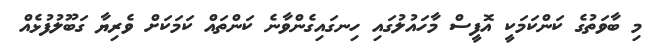
މި ބާވަތުގެ ކަންކަމަކީ އޮފީސް މާހައުލުގައި ހިނގައިގެންވާނެ ކަންތައް ކަމަކަށް ވެރިޔާ ގަބޫލުފުޅެއް